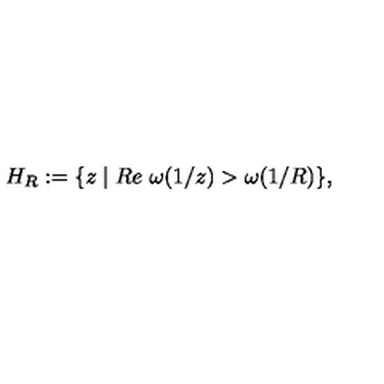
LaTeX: H _ { R } : = \{ z \mid R e \ \omega ( 1 / z ) > \omega ( 1 / R ) \} ,